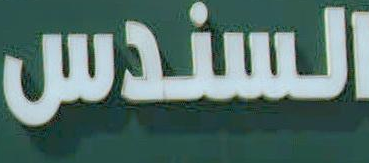
السندس